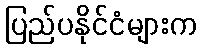
ပြည်ပနိုင်ငံများက